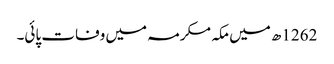
1262ھ میں مکہ مکرمہ میں وفات پائی۔